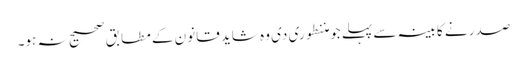
صدر نے کابینہ سے پہلے جو مننطوری دی وہ شاید قانون کے مطابق صحیح نہ ہو۔